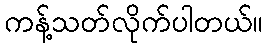
ကန့်သတ်လိုက်ပါတယ်။